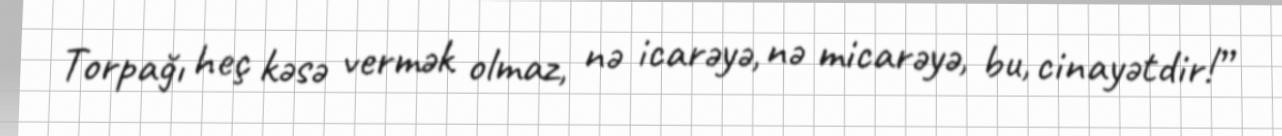
Torpağı heç kəsə vermək olmaz, nə icarəyə, nə micarəyə, bu, cinayətdir!”